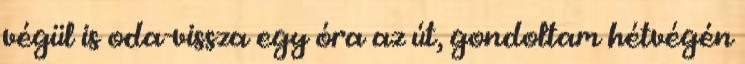
végül is oda-vissza egy óra az út, gondoltam hétvégén